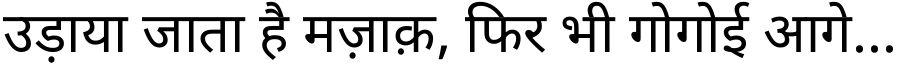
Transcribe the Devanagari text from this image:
उड़ाया जाता है मज़ाक़, फिर भी गोगोई आगे...